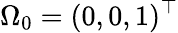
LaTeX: \Omega_{0}=(0,0,1)^{\top}